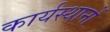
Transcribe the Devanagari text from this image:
कार्यस्थानों